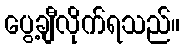
ပွေ့ချီလိုက်ရသည်။